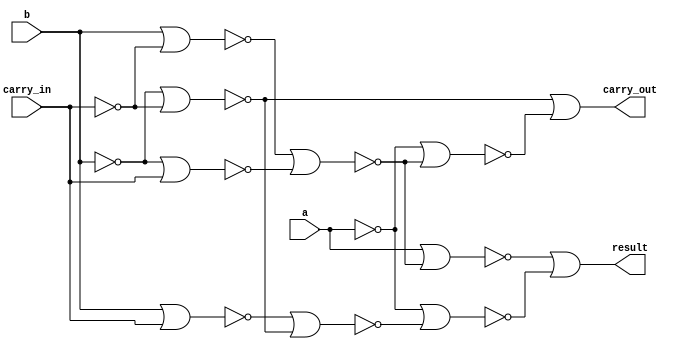
`timescale 1ns / 1ps
//////////////////////////////////////////////////////////////////////////////////
// Company: 
// Engineer: 
// 
// Design Name: 
// Module Name: adder
// Project Name: 
// Target Devices: 
// Tool Versions: 
// Description: 
// 
// Dependencies: 
// 
// Revision:
// Revision 0.01 - File Created
// Additional Comments:
// 
//////////////////////////////////////////////////////////////////////////////////


module adder(
    input a,
    input b,
    input carry_in,
    output result,
    output carry_out
    );
    
    wire not_a, not_b, not_ci;
    nor(not_a, a, a);
    nor(not_b, b, b);
    nor(not_ci, carry_in, carry_in);
    
    wire nor_b_ci, nor_nb_nci, nor_nb_ci, nor_b_nci;
    nor(nor_b_ci, b, carry_in);
    nor(nor_nb_nci, not_b, not_ci);
    nor(nor_nb_ci, not_b, carry_in);
    nor(nor_b_nci, b, not_ci);
   
    wire x1, x2, x3, x4, x5;
    nor(x1, nor_b_nci, nor_nb_ci);
    nor(x2, nor_b_ci, nor_nb_nci);
    nor(x3, a, x1);
    nor(x4, not_a, x2);
    nor(x5, not_a, x1);
    
    wire not_res, not_co;
    nor(not_res, x3, x4);
    nor(not_co, nor_nb_nci, x5);
    
    nor(result, not_res, not_res);
    nor(carry_out, not_co, not_co);
    
endmodule